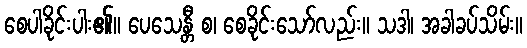
စေပါခိုင်းပါး၏။ ပေသေန္တီ စ၊ စေခိုင်းသော်လည်း။ သဒါ၊ အခါခပ်သိမ်း။